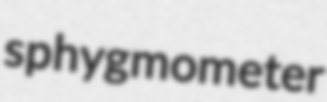
sphygmometer